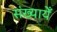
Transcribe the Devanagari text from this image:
संख्यायेँ